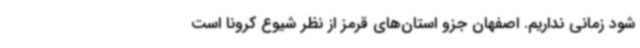
شود زمانی نداریم. اصفهان جزو استان‌های قرمز از نظر شیوع کرونا است